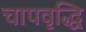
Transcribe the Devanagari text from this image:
चापवृद्धि